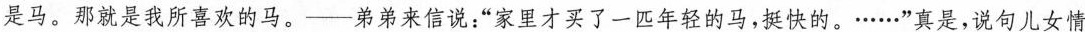
是马。那就是我所喜欢的马。一弟弟来信说:“家里才买了一匹年轻的马,挺快的。·....”真是,说句儿女情